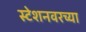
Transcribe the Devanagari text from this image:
स्टेशनवरच्या